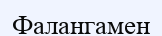
Фалангамен